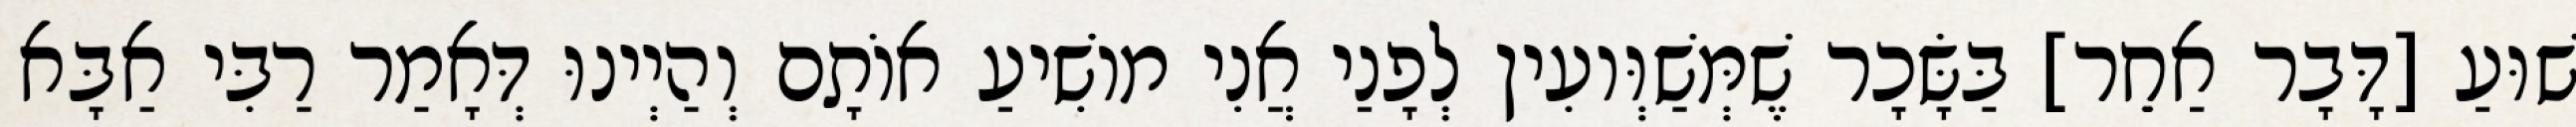
שׁוּעַ [דָּבָר אַחֵר] בַּשָּׂכָר שֶׁמְּשַׁוְּועִין לְפָנַי אֲנִי מוֹשִׁיעַ אוֹתָם וְהַיְינוּ דְּאָמַר רַבִּי אַבָּא